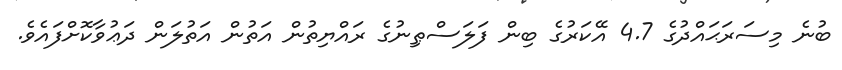
ބުނެ މިސަރަޙައްދުގެ 4.7 އޭކަރުގެ ބިން ފަލަސްޠިނުގެ ރައްޔިތުން އަތުން އަތުލަން ދަޢުވާކޮށްފައެވެ.